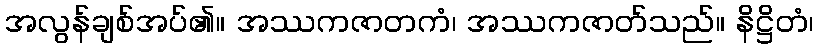
အလွန်ချစ်အပ်၏။ အဿကဇာတကံ၊ အဿကဇာတ်သည်။ နိဋ္ဌိတံ၊